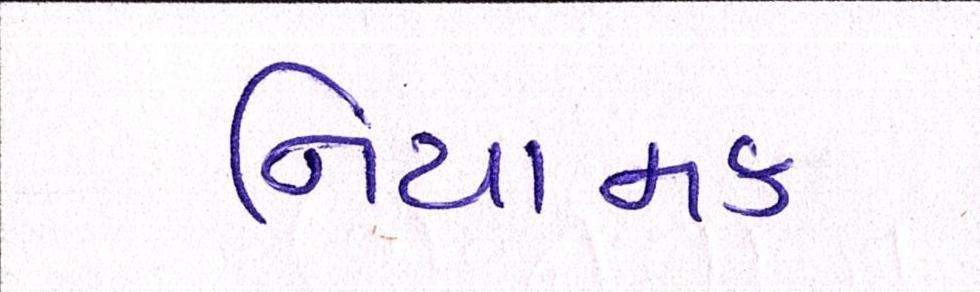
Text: નિયામક